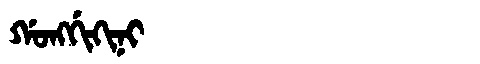
Manchu: ᡤᠣᠩᡤᡳᡴᡳᠨᡳ
Romanization: GONGGIKINI